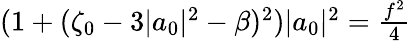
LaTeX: \begin{array}{r}{(1+(\zeta_{0}-3|a_{0}|^{2}-\beta)^{2})|a_{0}|^{2}=\frac{f^{2}}{4}}\end{array}